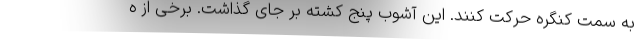
به سمت کنگره حرکت کنند. این آشوب پنج کشته بر جای گذاشت. برخی از ه